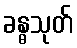
ခန္ဓသုတ်